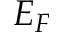
E _ { F }